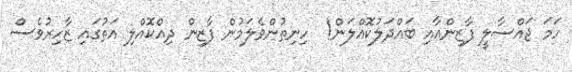
ހަމަ ޖައްސާލީ ފާޒިންއާއި ބައްދަލުކޮއްލަން!  ހިނިތުންވެލަމުން ފާޒިން ދިއްކޮއްލި އަތުގައި ޒާހިރުވެސް